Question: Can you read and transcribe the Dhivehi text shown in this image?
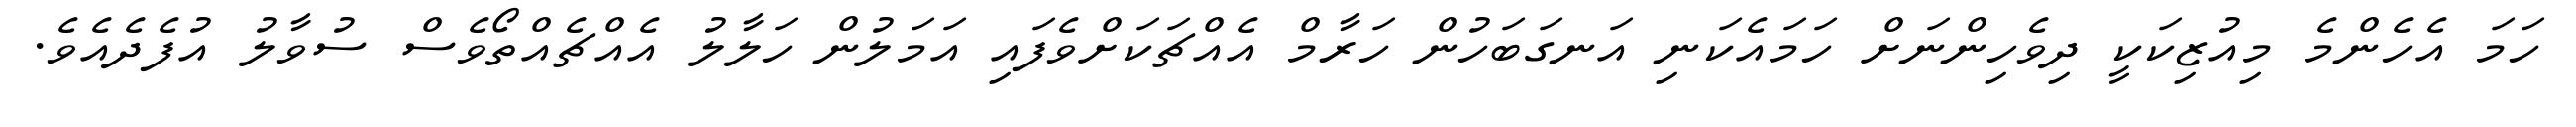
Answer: ހަމަ އެހެންމެ މިއުޒިކަކީ ދިވެހިންނަށް ހަމައެކަނި އަނގަބަހުން ހަރާމް އެއްޗަކަށްވެފައި އަމަލުން ހަލާލު އެއްޗެއްތޯވެސް ސުވާލު އުފެދެއެވެ.